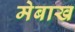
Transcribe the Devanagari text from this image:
मेबाख